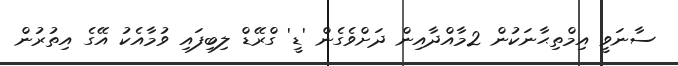
ސާނަވީ އިމްތިޙާނަކުން 2މާއްދާއިން ދަށްވެގެން 'ޑީ' ގްރޭޑް ލިބިފައި ވުމާއެކު އޭގެ އިތުރުން